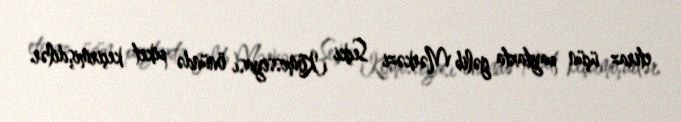
etiraz üçün paytaxta gəlib Mərkəzi Seçki Komissiyası önündə piket keçirmişdilər.